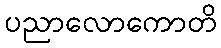
ပညာလောကောတိ